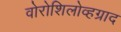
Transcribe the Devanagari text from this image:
वोरोशिलोव्हग्राद